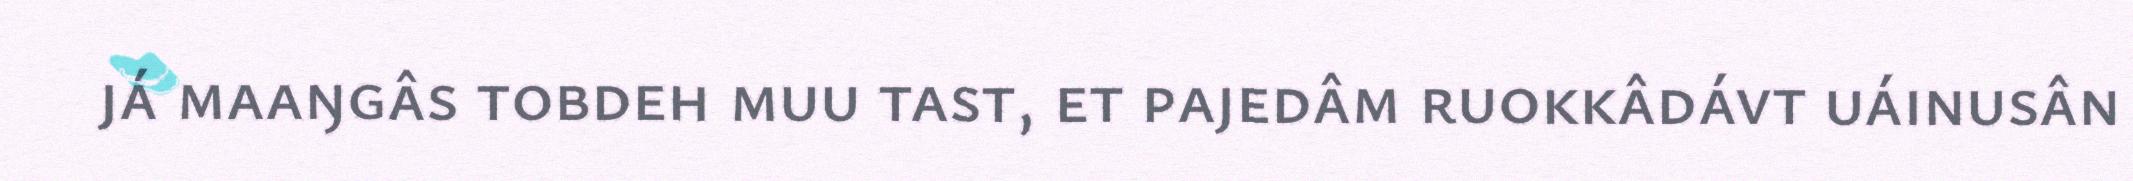
já maaŋgâs tobdeh muu tast, et pajedâm ruokkâdávt uáinusân